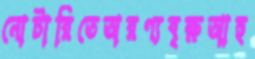
নোটারিতেঅরণ্যবৃক্ষআহু